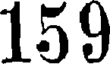
159